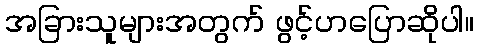
အခြားသူများအတွက် ဖွင့်ဟပြောဆိုပါ။